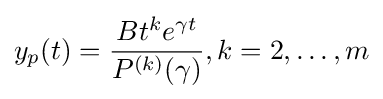
y_{p}(t)={\frac {Bt^{k}e^{\gamma t}}{P^{(k)}(\gamma )}},k=2,\ldots ,m